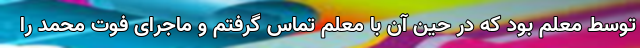
توسط معلم بود که در حین آن با معلم تماس گرفتم و ماجرای فوت محمد را